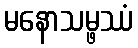
မနောသမ္ဖဿံ